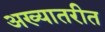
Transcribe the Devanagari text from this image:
अख्यातरीत